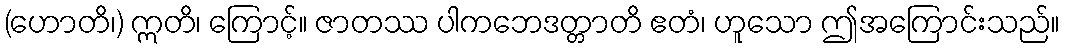
(ဟောတိ၊) ဣတိ၊ ကြောင့်။ ဇာတဿ ပါကဘေဒတ္တာတိ ဧတံ၊ ဟူသော ဤအကြောင်းသည်။